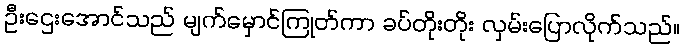
ဦးဌေးအောင်သည် မျက်မှောင်ကြုတ်ကာ ခပ်တိုးတိုး လှမ်းပြောလိုက်သည်။